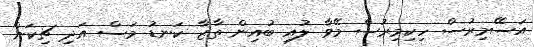
އަސޭމިރުސް ހިކިމިރުސް މޭވާ ލުއި ބުއިން ތާޒާ ކަނޑު މަސް އަދި ޗިކަން